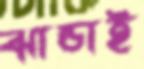
ঝান্ডাই